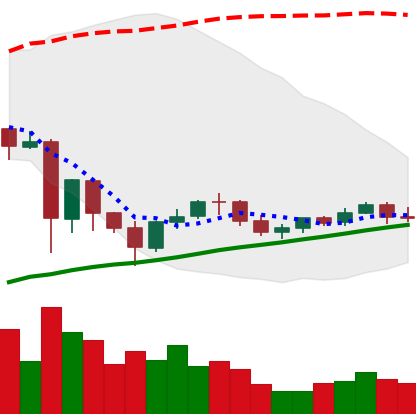
Ticker: NEO-USD
Chart end date: 2021-06-05
Forward return: -9.041%
Label: down_7plus